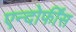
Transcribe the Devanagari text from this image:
एन्दोर्फींस